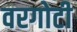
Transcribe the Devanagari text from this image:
वरगोटी